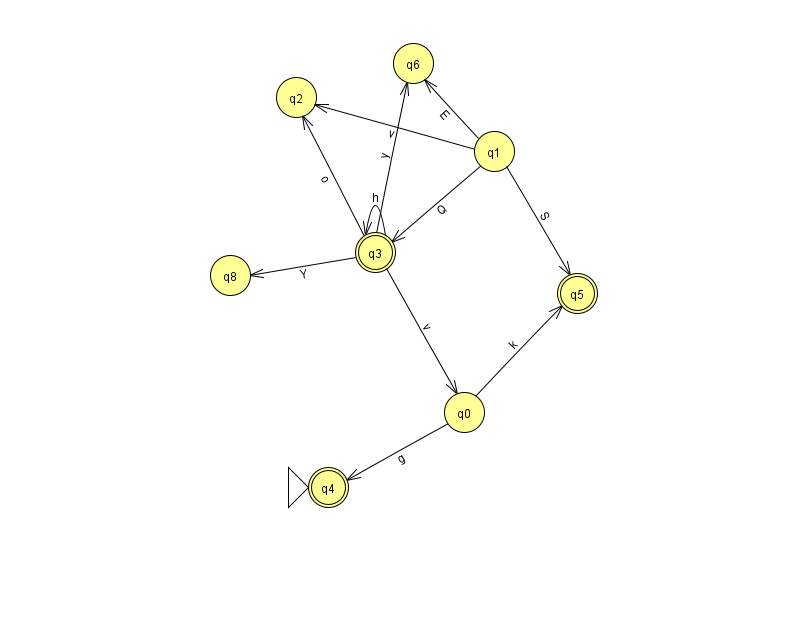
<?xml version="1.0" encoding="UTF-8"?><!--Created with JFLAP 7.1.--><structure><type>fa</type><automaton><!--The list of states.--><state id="0" name="q0"><x>464.0</x><y>399.0</y></state><state id="1" name="q1"><x>494.0</x><y>138.0</y></state><state id="2" name="q2"><x>296.0</x><y>84.0</y></state><state id="3" name="q3"><x>375.0</x><y>239.0</y><final/></state><state id="4" name="q4"><x>328.0</x><y>474.0</y><initial/><final/></state><state id="5" name="q5"><x>577.0</x><y>280.0</y><final/></state><state id="6" name="q6"><x>413.0</x><y>50.0</y></state><state id="8" name="q8"><x>230.0</x><y>262.0</y></state><!--The list of transitions.--><transition><from>1</from><to>6</to><read>E</read></transition><transition><from>1</from><to>5</to><read>S</read></transition><transition><from>0</from><to>5</to><read>k</read></transition><transition><from>1</from><to>2</to><read>v</read></transition><transition><from>3</from><to>0</to><read>v</read></transition><transition><from>3</from><to>6</to><read>y</read></transition><transition><from>3</from><to>2</to><read>o</read></transition><transition><from>3</from><to>3</to><read>h</read></transition><transition><from>1</from><to>3</to><read>Q</read></transition><transition><from>0</from><to>4</to><read>g</read></transition><transition><from>3</from><to>8</to><read>Y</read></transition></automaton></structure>